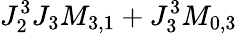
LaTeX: J_{2}^{3}J_{3}M_{3,1}+J_{3}^{3}M_{0,3}